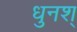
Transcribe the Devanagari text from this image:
धुनश्